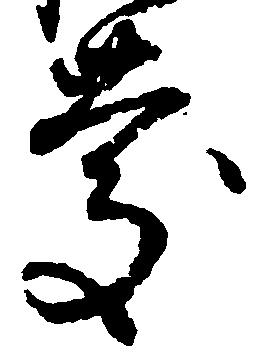
慶